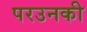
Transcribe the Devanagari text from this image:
परउनकी